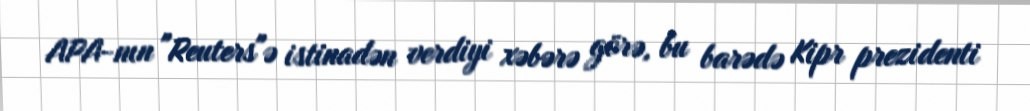
APA-nın "Reuters"ə istinadən verdiyi xəbərə görə, bu barədə Kipr prezidenti